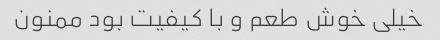
خیلی خوش طعم و با کیفیت بود ممنون